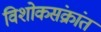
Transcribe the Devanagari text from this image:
विशोकसंक्रांत